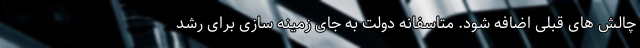
چالش های قبلی اضافه شود. متاسفانه دولت به جای زمینه سازی برای رشد